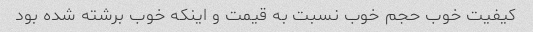
کیفیت خوب حجم خوب نسبت به قیمت و اینکه خوب برشته شده بود